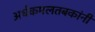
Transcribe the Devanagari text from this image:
अर्धकमलतबकांनी